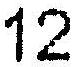
12